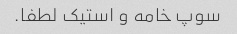
سوپ خامه و استیک لطفا.